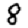
Digit: 8